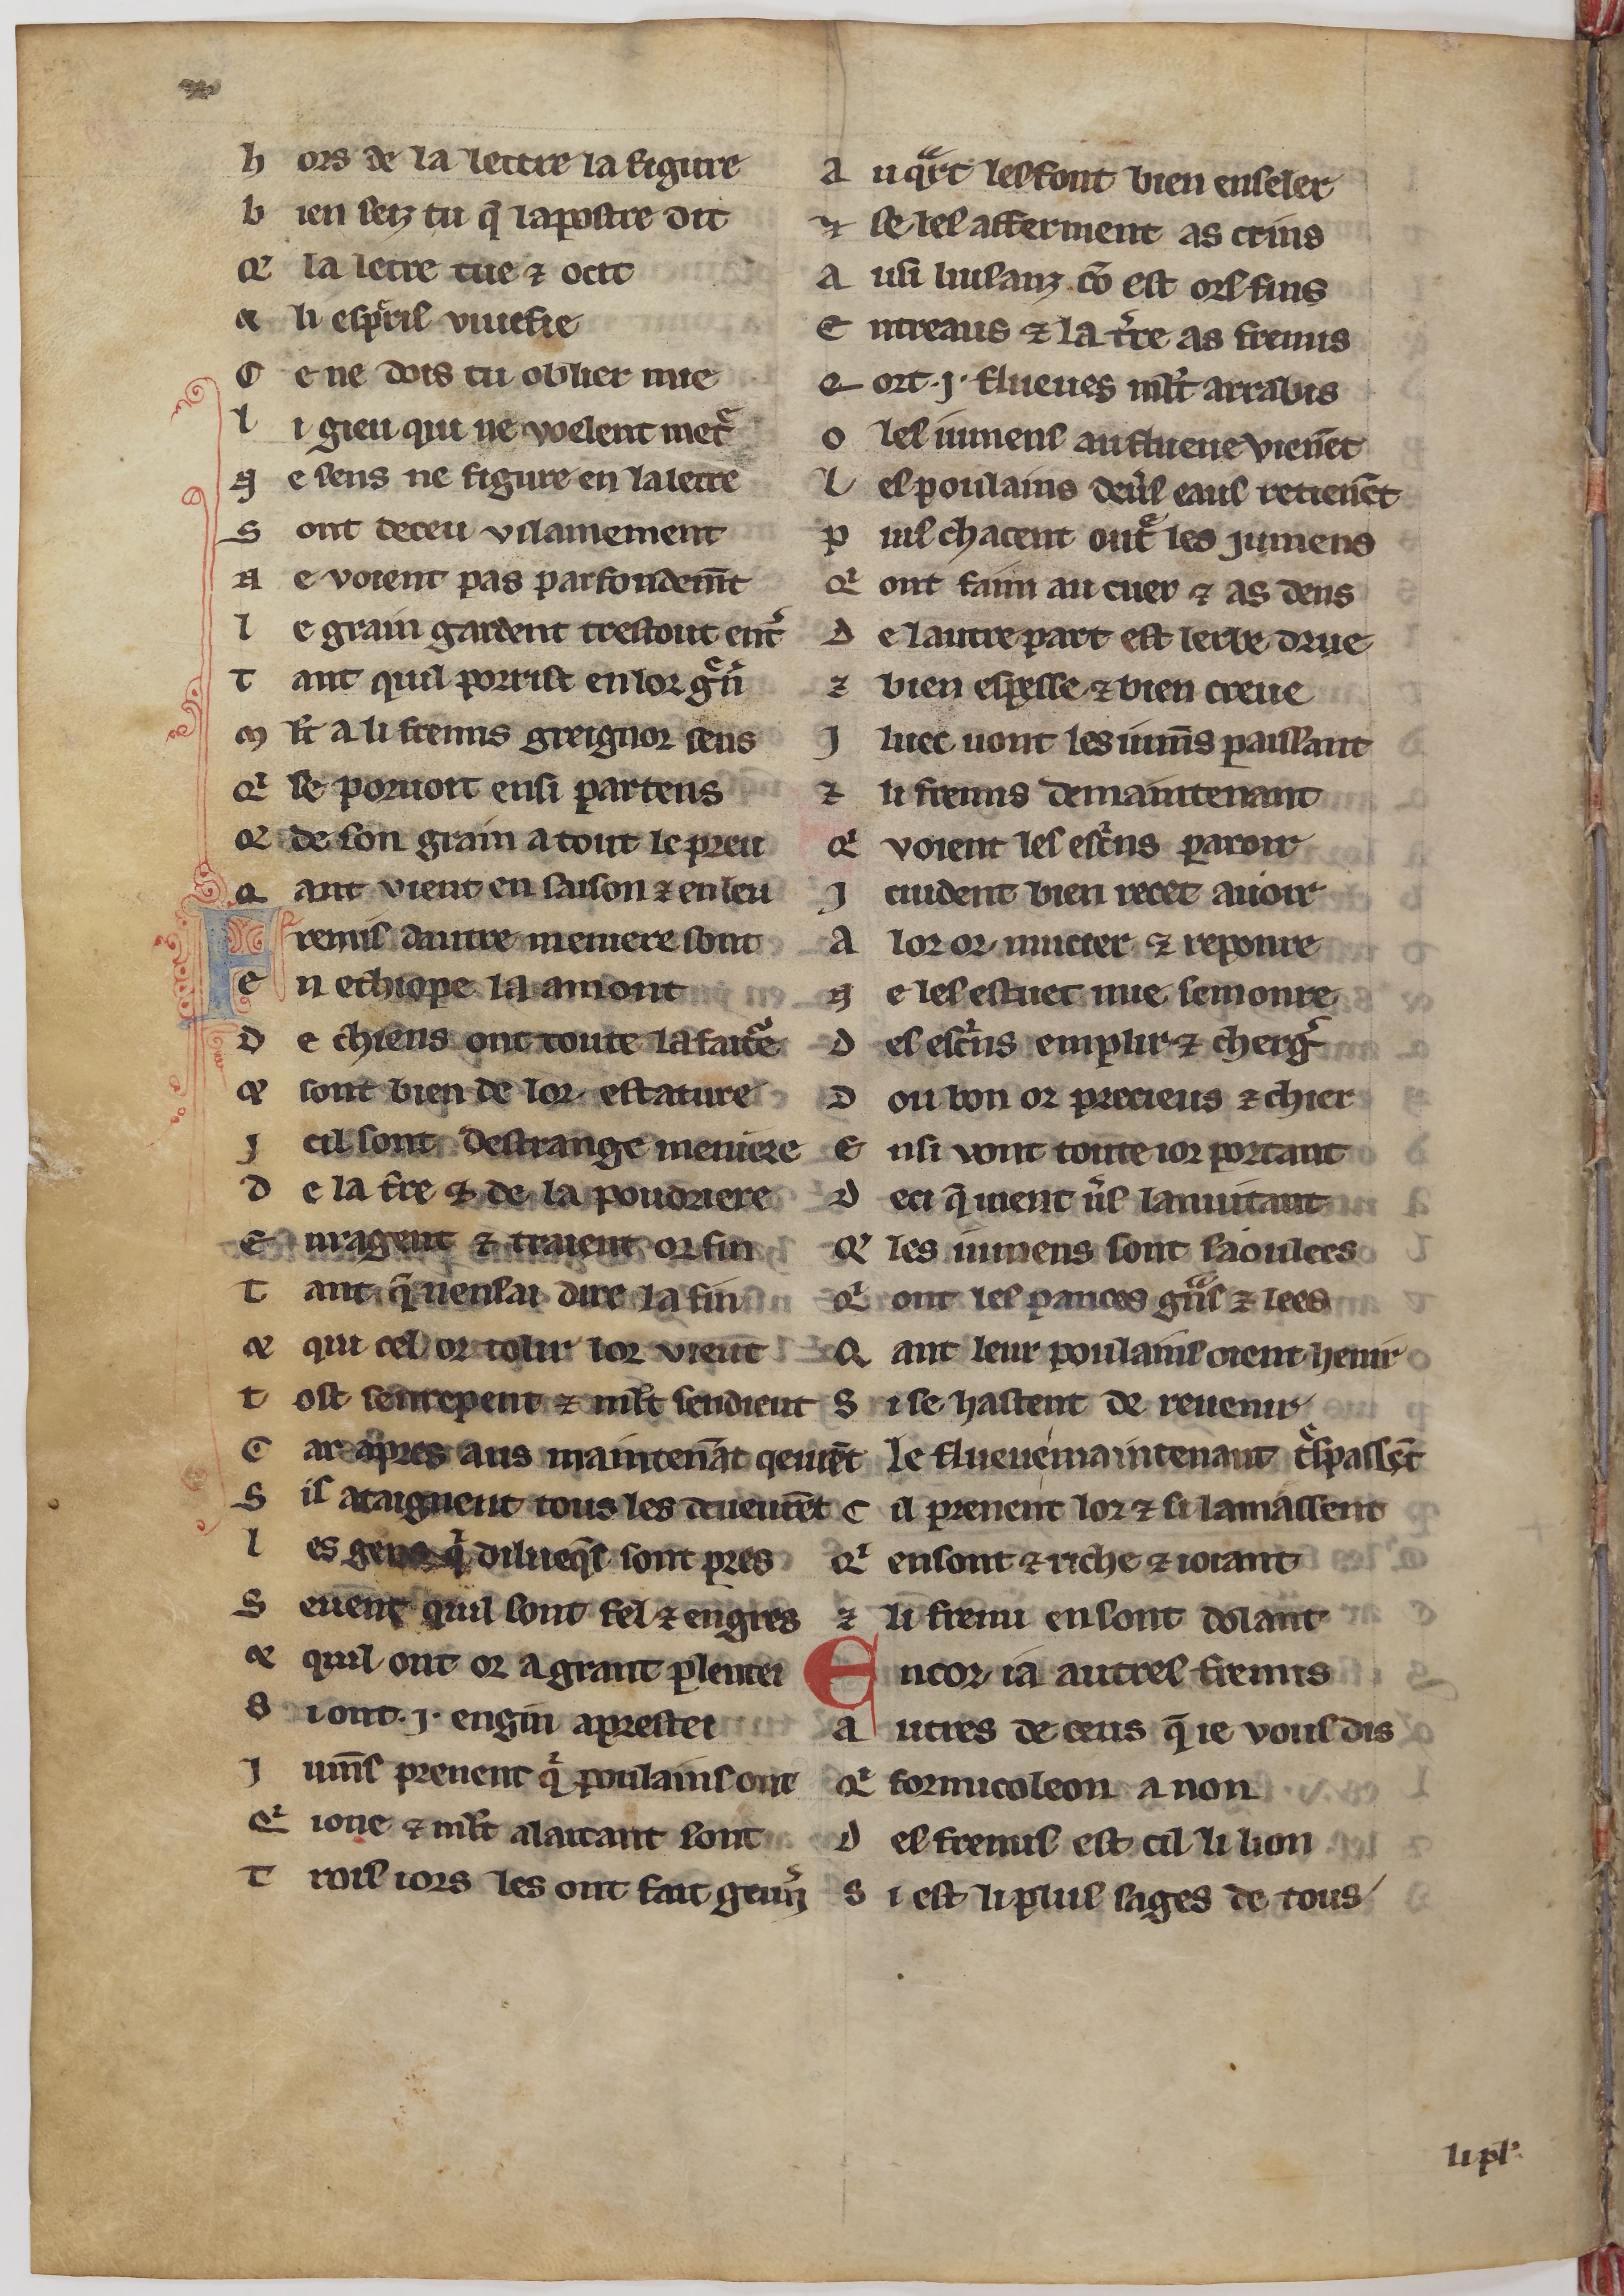
Shelfmark: Paris, BnF, fr. 24428
Century: 13